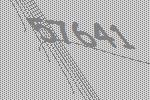
57641